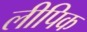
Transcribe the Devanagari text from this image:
लीपिक